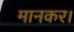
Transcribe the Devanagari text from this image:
मानकर।